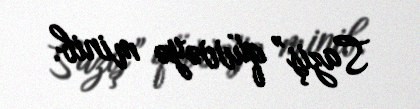
Saziş” qüvvəyə minib.